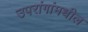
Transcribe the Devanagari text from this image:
उपरांगांमधील